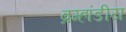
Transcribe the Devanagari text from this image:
ब्रम्हांडीय